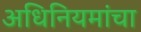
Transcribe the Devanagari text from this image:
अधिनियमांचा